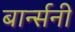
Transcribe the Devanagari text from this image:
बार्न्सनी